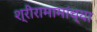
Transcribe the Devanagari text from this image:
श्रीरामामांच्या